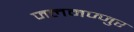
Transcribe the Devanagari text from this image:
जलमज्जुर